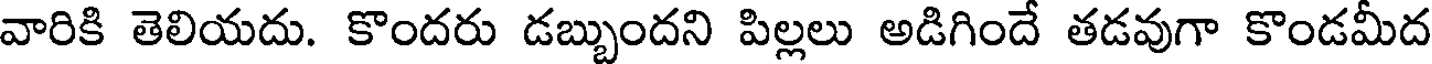
వారికి తెలియదు. కొందరు డబ్బుందని పిల్లలు అడిగిందే తడవుగా కొండమీద